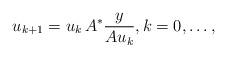
LaTeX: \begin{align*} u_{k+1}=u_k\,A^*\frac{y}{Au_k},k=0,\dots,\end{align*}